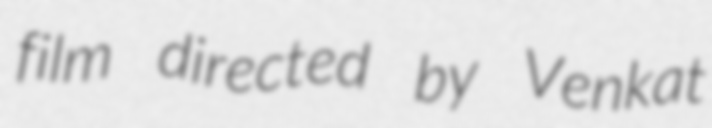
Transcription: film directed by Venkat